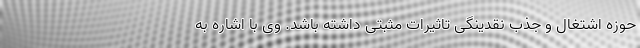
حوزه اشتغال و جذب نقدینگی تاثیرات مثبتی داشته باشد. وی با اشاره به